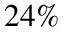
2 4 \%